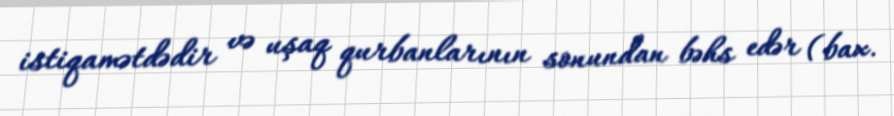
istiqamətdədir və uşaq qurbanlarının sonundan bəhs edər (bax.